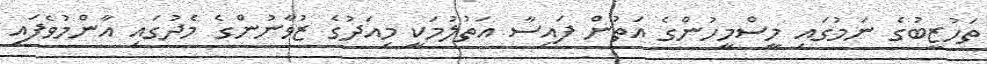
ތަހުޒީބުގެ ނަމުގައި މީސްމީހުންގެ އަތުން ފައިސާ އަތުލުމަކީ މިއަދުގެ ޒުވާނުންގެ މެދުގައި އާންމުވެފައި